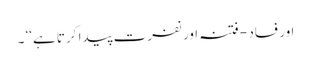
اور فساد - فتنہ اور نفرت پیدا کرتا ہے‘‘ ۔